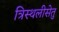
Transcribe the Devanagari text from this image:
त्रिस्थलीसेतु